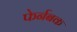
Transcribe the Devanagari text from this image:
फेर्नबक